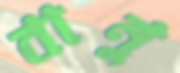
বানু